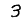
Digit: 3